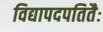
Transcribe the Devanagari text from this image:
विद्यापदपतितैः